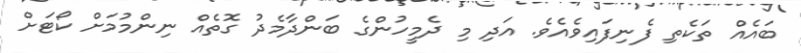
ބައެއް ތަކެތި ފެނިފައިވެއެވެ. އަދި މި ދެމީހުންގެ ބަންދާމެދު ގޮތެއް ނިންމުމަށް ކޯޓަށް